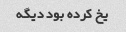
یخ کرده بود دیگه